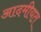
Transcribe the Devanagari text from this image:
आदमीयत